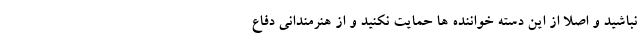
نباشید و اصلا از این دسته خواننده ها حمایت نکنید و از هنرمندانی دفاع